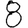
Digit: 8